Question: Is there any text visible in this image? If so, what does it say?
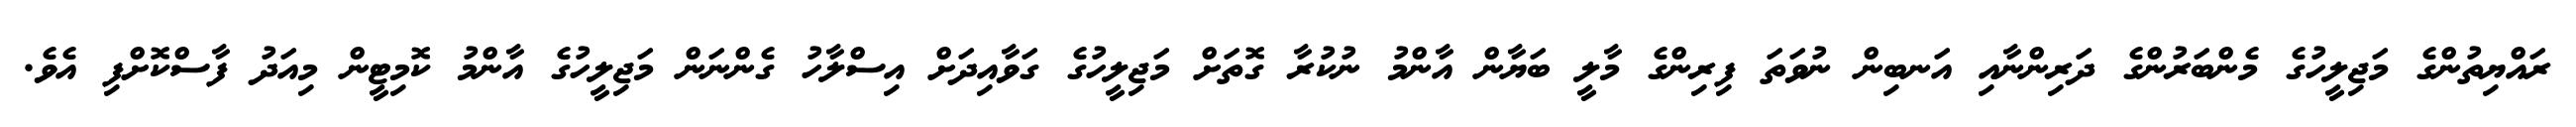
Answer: ރައްޔިތުންގެ މަޖިލީހުގެ މެންބަރުންގެ ދަރިންނާއި އަނބިން ނުވަތަ ފިރިންގެ މާލީ ބަޔާން އާންމު ނުކުރާ ގޮތަށް މަޖިލީހުގެ ގަވާއިދަށް އިސްލާހު ގެންނަން މަޖިލީހުގެ އާންމު ކޮމިޓީން މިއަދު ފާސްކޮށްފި އެވެ.